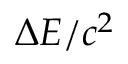
\Delta E / c ^ { 2 }